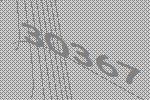
30367